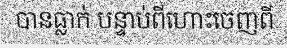
បានធ្លាក់ បន្ទាប់ពីហោះចេញពី